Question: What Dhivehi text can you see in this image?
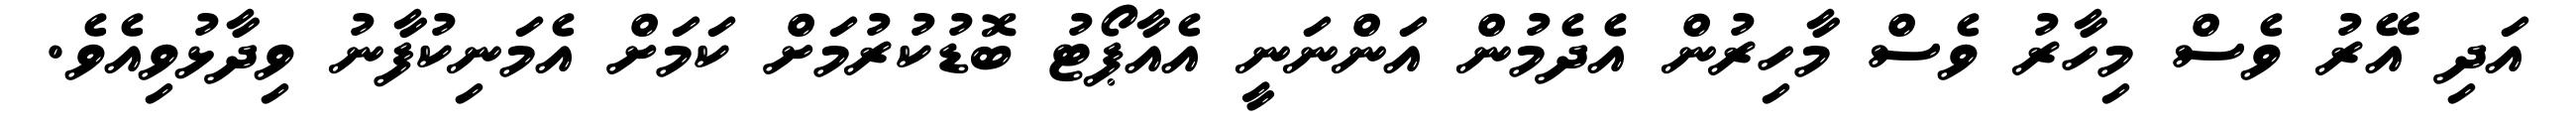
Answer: އަދި އޭރު ވެސް މިހާރު ވެސް މާހިރުން އެދެމުން އަންނަނީ އެއާޕޯޓު ބޮޑުކުރުމަށް ކަމަށް އެމަނިކުފާނު ވިދާޅުވިއެވެ.